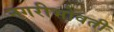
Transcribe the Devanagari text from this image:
नगरीभोवती